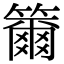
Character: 籋